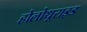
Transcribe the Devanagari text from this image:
होलोथूराइड